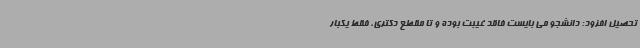
تحصیل افزود: دانشجو می بایست فاقد غیبت بوده و تا مقطع دکتری، فقط یکبار